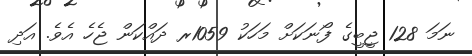
ނަމަ 128 ޖީބީގެ ފޯނަކަށް މަހަކު 1059ރ ދައްކަން ޖެހެ އެވެ. އަދި